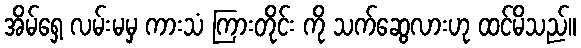
အိမ်ရှေ့ လမ်းမမှ ကားသံ ကြားတိုင်း ကို သက်ဆွေလားဟု ထင်မိသည်။